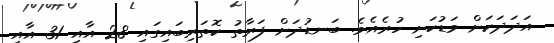
އަދަދަކަށް މަޑުކަށި ހުރެއެވެ. ބަނޑުދަށް ފަރާތު ކޮތަރިބައިގައި 28 އާއި 31 އާއި